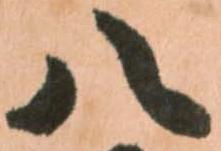
八